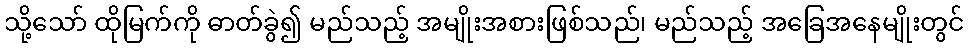
သို့သော် ထိုမြက်ကို ဓာတ်ခွဲ၍ မည်သည့် အမျိုးအစားဖြစ်သည်၊ မည်သည့် အခြေအနေမျိုးတွင်